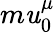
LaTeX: m\mathit{u}_{0}^{\mu}